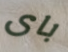
باى